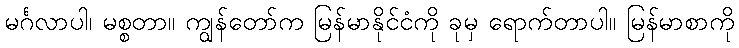
မင်္ဂလာပါ၊ မစ္စတာ။ ကျွန်တော်က မြန်မာနိုင်ငံကို ခုမှ ရောက်တာပါ။ မြန်မာစာကို